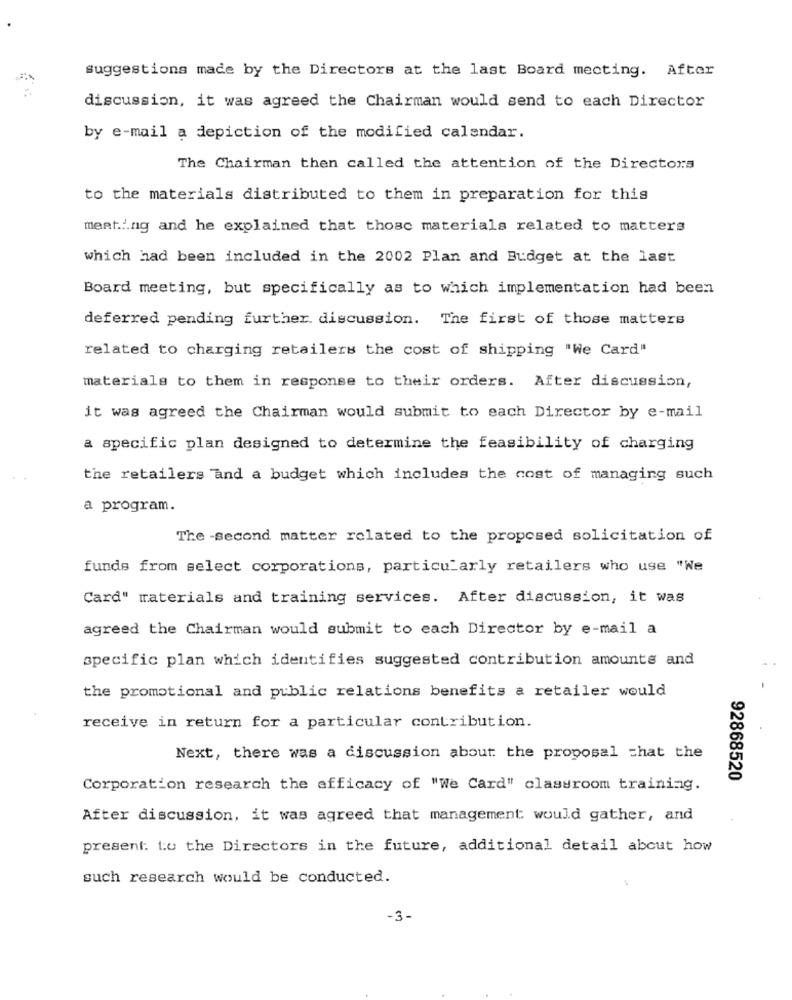
suggestions made by the Directors at the last Board mecting. After
discussion, it was agreed the Chairman would send to each Director
by e-mail a depiction of the modified calendar.
The Chairman then called the attention of the Directors
to the materials distributed to them in preparation for this
meating and he explained that those materials related to matters
which had been included in the 2002 Plan and Budget at the last
Board meeting, but specifically as to which implementation had been
deferred pending further discussion. The first of those matters
related to charging retailers the cost of shipping "We Card"
materials to them in response to their orders. After discussion,
it was agreed the Chairman would submit to each Director by e-mail
a specific plan designed to determine the feasibility of charging
the retailers and a budget which includes the cost of managing such
a program.
The -second matter related to the proposed solicitation of
funds from select corporations, particularly retailers who use "We
Card" materials and training services. After discussion, it was
agreed the Chairman would submit to each Director by e-mail a
specific plan which identifies suggested contribution amounts and
the promotional and public relations benefits a retailer would
receive in return for a particular contribution.
Next, there was a discussion about the proposal chat the
92868520
Corporation research the efficacy of "We Card" classroom training.
After discussion, it was agreed that management would gather, and
present: to the Directors in the future, additional detail about how
such research would be conducted.
-3-